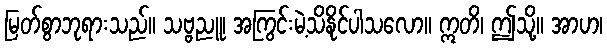
မြတ်စွာဘုရားသည်။ သဗ္ဗညူ၊ အကြွင်းမဲ့သိနိုင်ပါသလော။ ဣတိ၊ ဤသို့။ အာဟ၊